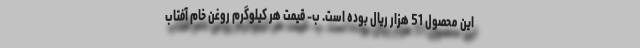
این محصول 51 هزار ریال بوده است. ب- قیمت هر کیلوگرم روغن خام آفتاب‌